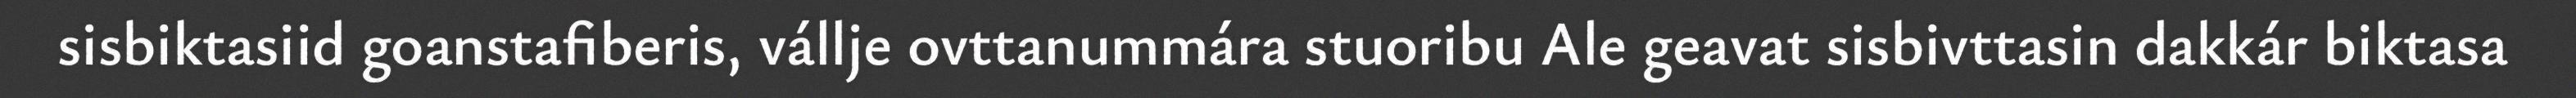
sisbiktasiid goanstafiberis, vállje ovttanummára stuoribu Ale geavat sisbivttasin dakkár biktasa